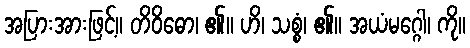
အပြားအားဖြင့်။ တိဝိဓော၊ ၏။ ဟိ၊ သစ္စံ၊ ၏။ အယံမဂ္ဂေါ၊ ကို။